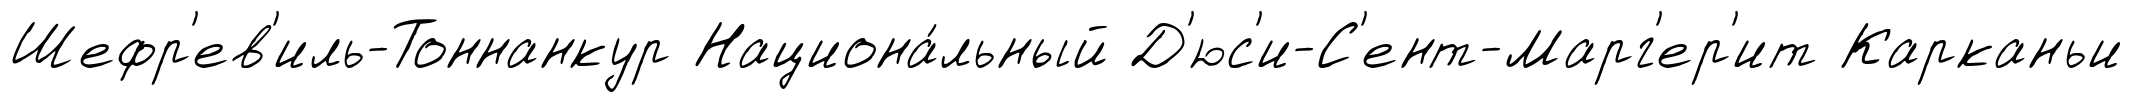
Шефр'ев'иль-Тоннанкур Национа́льный Д'юс'и-С'ент-Марг'ер'ит Карканьи